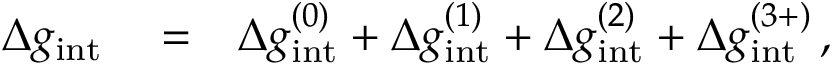
\begin{array} { r l r } { \Delta g _ { \mathrm { i n t } } } & { { } = } & { \Delta g _ { \mathrm { i n t } } ^ { ( 0 ) } + \Delta g _ { \mathrm { i n t } } ^ { ( 1 ) } + \Delta g _ { \mathrm { i n t } } ^ { ( 2 ) } + \Delta g _ { \mathrm { i n t } } ^ { ( 3 + ) } \, , } \end{array}